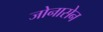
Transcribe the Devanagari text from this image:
जोनासेन